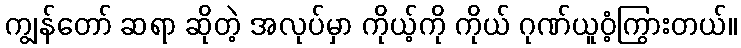
ကျွန်တော် ဆရာ ဆိုတဲ့ အလုပ်မှာ ကိုယ့်ကို ကိုယ် ဂုဏ်ယူဝံ့ကြွားတယ်။